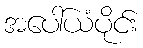
အပေါ်ယံပိုင်း